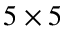
5 \times 5